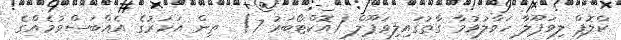
ކްލޮޕް ލިވަޕޫލާ ހަވާލުވުމާ ގާތުގައިލިވަޕޫލް (އޮކްޓޯބަރު 7)  ތިން އަހަރުގެ އެއްބަސްވުމެއްގެ